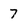
Character: 7